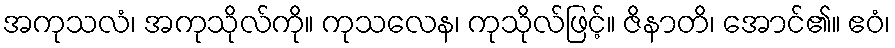
အကုသလံ၊ အကုသိုလ်ကို။ ကုသလေန၊ ကုသိုလ်ဖြင့်။ ဇိနာတိ၊ အောင်၏။ ဧဝံ၊